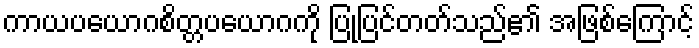
ကာယပယောဂစိတ္တပယောဂကို ပြုပြင်တတ်သည်၏ အဖြစ်ကြောင့်